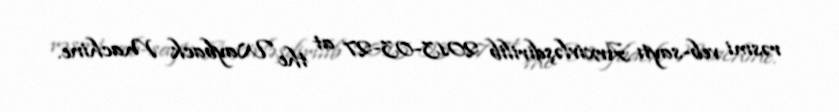
rəsmi veb-saytı Arxivləşdirilib 2013-03-27 at the Wayback Machine.